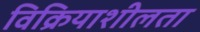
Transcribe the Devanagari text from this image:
विक्रियाशीलता